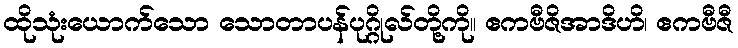
ထိုသုံးယောက်သော သောတာပန်ပုဂ္ဂိုလ်တို့ကို။ ဧကဗီဇိအာဒိဟိ၊ ဧကဗီဇီ